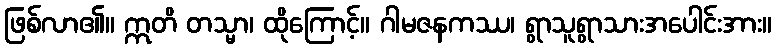
ဖြစ်လာ၏။ ဣတိ တသ္မာ၊ ထိုကြောင့်။ ဂါမဇနကဿ၊ ရွာသူရွာသားအပေါင်းအား။